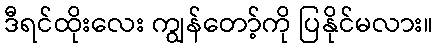
ဒီရင်ထိုးလေး ကျွန်တော့်ကို ပြနိုင်မလား။